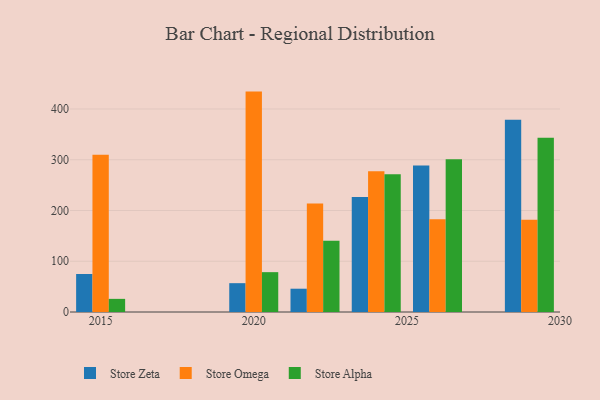
{"axis": {"x": "Year", "y": "Budget (USD K)"}, "legend": ["Store Alpha", "Store Omega", "Store Zeta"], "data": [{"x": "2029", "y": 378.8, "type": "Store Zeta"}, {"x": "2029", "y": 181.9, "type": "Store Omega"}, {"x": "2029", "y": 343.4, "type": "Store Alpha"}, {"x": "2020", "y": 56.8, "type": "Store Zeta"}, {"x": "2020", "y": 434.3, "type": "Store Omega"}, {"x": "2020", "y": 78.5, "type": "Store Alpha"}, {"x": "2026", "y": 288.8, "type": "Store Zeta"}, {"x": "2026", "y": 182.8, "type": "Store Omega"}, {"x": "2026", "y": 301.1, "type": "Store Alpha"}, {"x": "2024", "y": 226.6, "type": "Store Zeta"}, {"x": "2024", "y": 277.4, "type": "Store Omega"}, {"x": "2024", "y": 271.6, "type": "Store Alpha"}, {"x": "2015", "y": 74.9, "type": "Store Zeta"}, {"x": "2015", "y": 310.1, "type": "Store Omega"}, {"x": "2015", "y": 25.9, "type": "Store Alpha"}, {"x": "2022", "y": 45.9, "type": "Store Zeta"}, {"x": "2022", "y": 213.9, "type": "Store Omega"}, {"x": "2022", "y": 140.2, "type": "Store Alpha"}]}